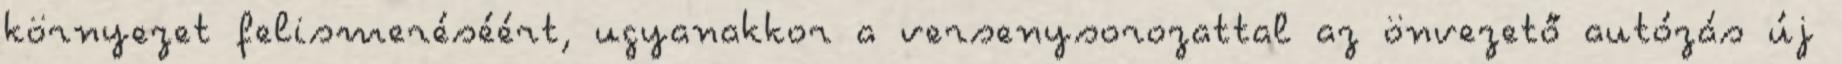
környezet felismeréséért, ugyanakkor a versenysorozattal az önvezető autózás új